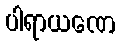
ပါရာယဏေ